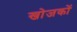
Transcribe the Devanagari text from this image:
खोजकों